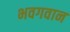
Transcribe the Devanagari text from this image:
भवगवान